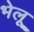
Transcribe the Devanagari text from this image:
भेलू